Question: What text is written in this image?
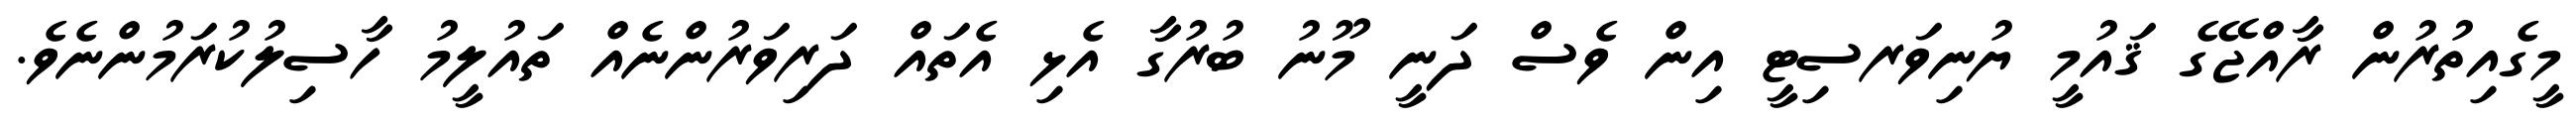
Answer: މީގެއިތުރުން ރާއްޖޭގެ ޤައުމީ ޔުނިވަރސިޓީ އިން ވެސް ދަނީ މޫނު ބުރުގާ އެޅި އެތައް ދަރިވަރުންނެއް ތައުލީމު ހާސިލުކުރަމުންނެވެ.